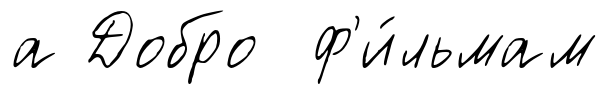
а Добро ф'и́льмам